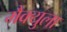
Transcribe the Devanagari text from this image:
मैक्युला